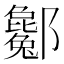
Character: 酁